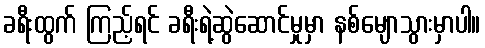
ခရီးထွက် ကြည့်ရင် ခရီးရဲ့ဆွဲဆောင်မှုမှာ နစ်မျောသွားမှာပါ။